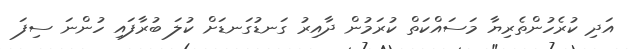
އަދި ކުރެހުންތެރިޔާ މަސައްކަތް ކުރަމުން ދާއިރު ގަނޑުގަނޑަށް ކުލަ ބުރާފައި ހުންނަ ސިފަ